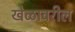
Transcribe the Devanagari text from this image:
खेळावरील